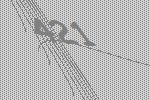
421